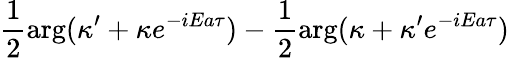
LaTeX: \frac{1}{2}\arg(\kappa^{\prime}+\kappa e^{-iEa\tau})-\frac{1}{2}\arg(\kappa+\kappa^{\prime}e^{-iEa\tau})